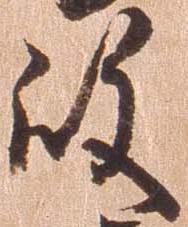
殿